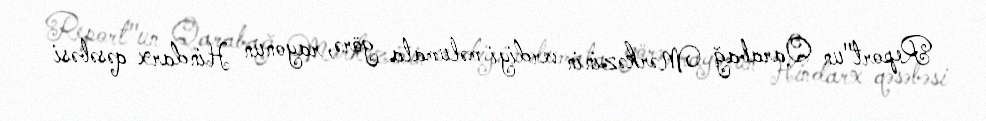
Report"un Qarabağ Mərkəzinin verdiyi məlumata görə, rayonun Hindarx qəsəbəsi